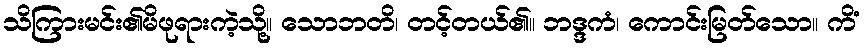
သိကြားမင်း၏မိဖုရားကဲ့သို့။ သောဘတိ၊ တင့်တယ်၏။ ဘဒ္ဒကံ၊ ကောင်းမြတ်သော။ ကိံ